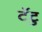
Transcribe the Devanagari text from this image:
टॅटु